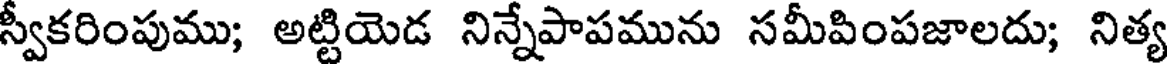
స్వీకరింపుము; అట్టియెడ నిన్నేపాపమును సమీపింపజాలదు; నిత్య